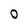
Character: O